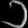
Digit: ၁